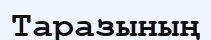
Таразының